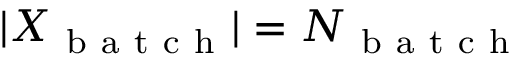
| X _ { \mathrm { ~ b ~ a ~ t ~ c ~ h ~ } } | = N _ { \mathrm { ~ b ~ a ~ t ~ c ~ h ~ } }